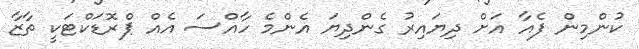
ކުންމިން ފެއާ އަށް ދިޔައިރު ގެންދިޔަ އެންމެ ހާއްސަ އެއް ޕްރޮޑަކްޓަކީ ތާޒާ